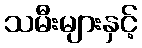
သမီးများနှင့်